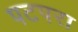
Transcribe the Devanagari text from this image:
पटपरा